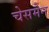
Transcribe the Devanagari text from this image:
चेसमैन